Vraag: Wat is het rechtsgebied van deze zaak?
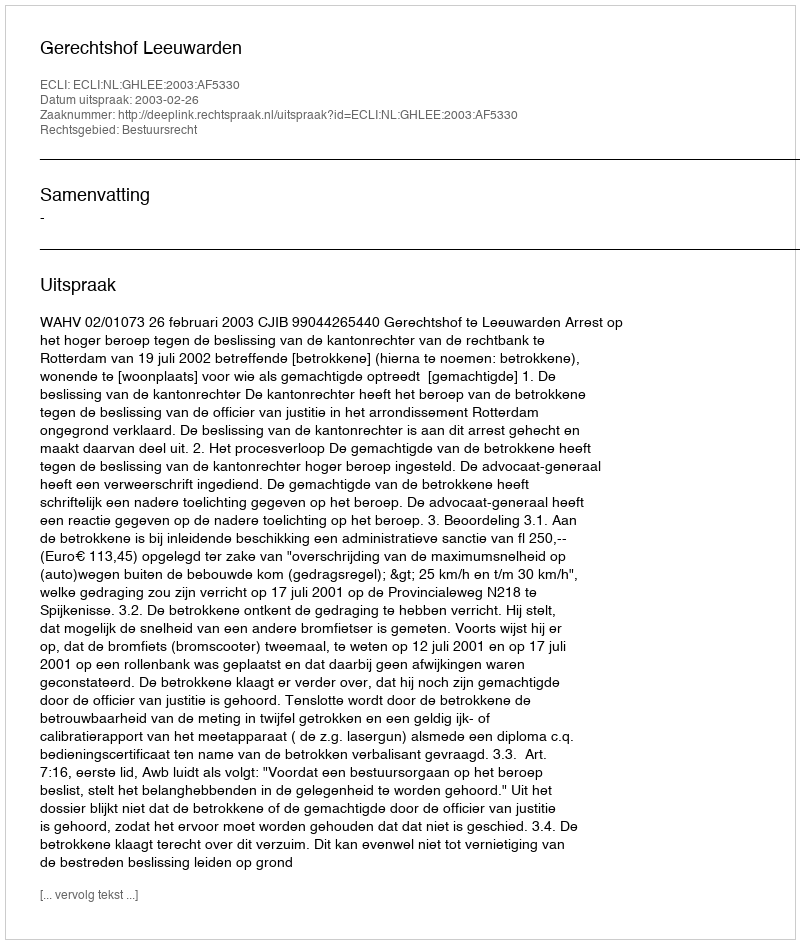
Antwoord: Bestuursrecht